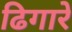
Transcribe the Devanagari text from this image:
ढिगारे